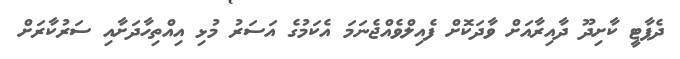
ދެޕާޓީ ކާށިދޫ ދާއިރާއަށް ވާދަކޮށް ފެއިލްވެއްޖެނަމަ އެކަމުގެ އަސަރު މުޅި އިއްތިހާދަށާއި ސަރުކާރަށް